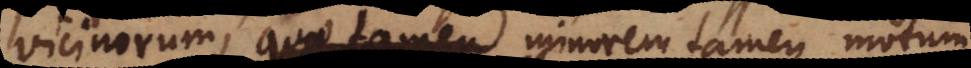
vicinorum, quae tamen minorem tamen motum